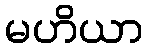
မဟိယာ